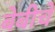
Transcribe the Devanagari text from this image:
बेबीचे